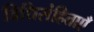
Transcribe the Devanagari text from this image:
विधिसंहिताएँ